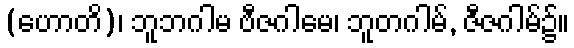
(ဟောတိ)၊ ဘူဘဂါမ ဗီဇဂါမေ၊ ဘူတဂါမ်, ဇီဇဂါမ်၌။